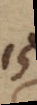
15